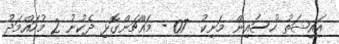
އައިޝަތު ހުސައިން މަނިކު  07 - މައްޗަންގޮޅި ދެކުނު 2 މުހައްމަދު